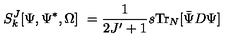
S _ { k } ^ { J } [ \Psi , \Psi ^ { * } , \Omega ] \ = \frac { 1 } { 2 J ^ { \prime } + 1 } s \mathrm { T r } _ { N } [ { \bar { \Psi } } D \Psi ]